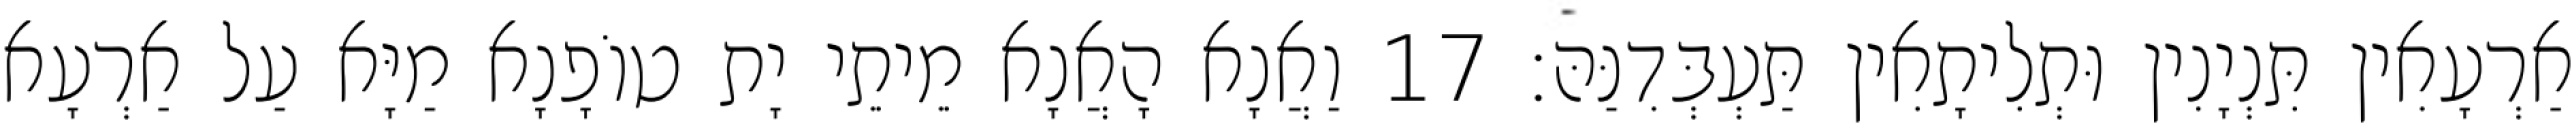
אַרְעָאִין תִּנְיָנִין וּתְלִיתָאִין תַּעְבְּדִנַּהּ׃ 17 וַאֲנָא הָאֲנָא מֵיתֵי יָת טוֹפָנָא מַיָּא עַל אַרְעָא